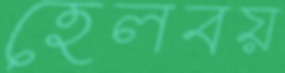
হেলবয়